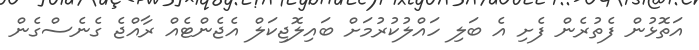
އަތޮޅުން ފެތުރެން ފެށި އެ ބަލި ހައްލުކުރުމަށް ބައިލޮޖިކަލް އެޖެންޓެއް ރާއްޖެ ގެނެސްގެން